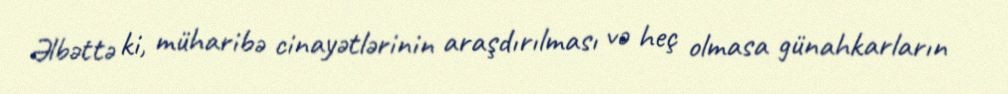
Əlbəttə ki, müharibə cinayətlərinin araşdırılması və heç olmasa günahkarların